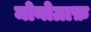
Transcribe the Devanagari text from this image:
मोनोग्राफ़